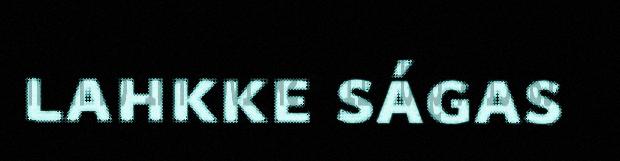
lahkke ságas